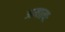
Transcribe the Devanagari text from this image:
अमात्यः